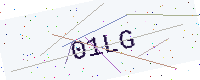
Text: 01LG